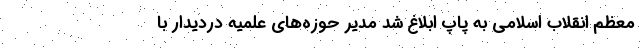
معظم انقلاب اسلامی به پاپ ابلاغ شد مدیر حوزه‌های علمیه دردیدار با